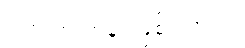
ဒါက ကာတွန်း ဖြစ်ပါတယ်။